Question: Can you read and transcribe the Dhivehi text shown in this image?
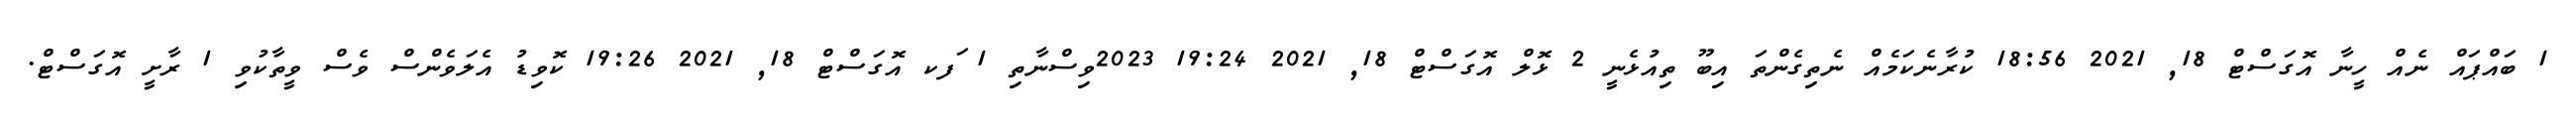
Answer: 1 ބައްޕައް ނެއް ހީނާ އޮގަސްޓް 18, 2021 18:56 ކުރާނެކަމެއް ނެތިގެންތަ އިބޫ ތިއުޅެނީ 2 ޅޮލް އޮގަސްޓް 18, 2021 19:24 2023ވިސްނާތި 1 ަފކ އޮގަސްޓް 18, 2021 19:26 ކޮވިޑު އެލަވެންސް ވެސް ވީތާކުވި 1 ރާށީ އޮގަސްޓް.